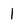
Character: 1